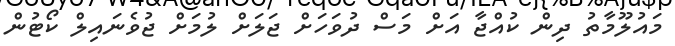
މައުލޫމާތު ދިން ކުއްޖާ އަށް މަސް ދުވަހަށް ޖަލަށް ލުމަށް ޖުވެނައިލް ކޯޓުން